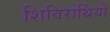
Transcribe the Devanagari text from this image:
शिविरार्थियों